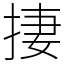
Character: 捿